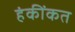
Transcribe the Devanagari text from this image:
हंकींकत